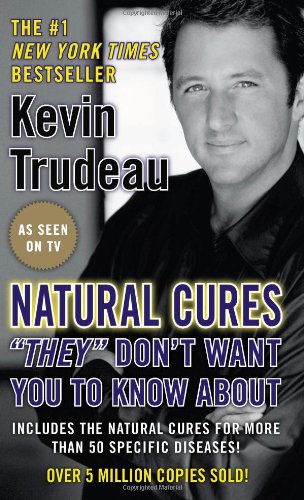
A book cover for Natural Cures "They" Don't Want You To Know About; Kevin Trudeau; Health, Fitness & Dieting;